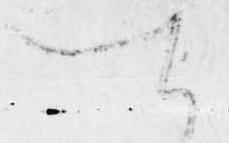
を